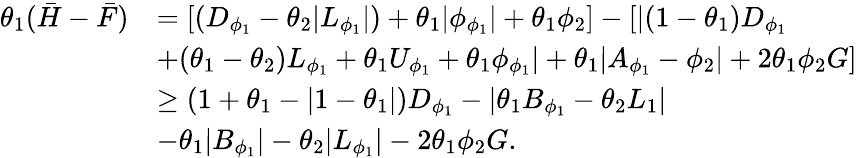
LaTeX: \begin{array}{rl}{\theta_{1}(\bar{H}-\bar{F})}&{=[(D_{\phi_{1}}-\theta_{2}\lvert L_{\phi_{1}}\rvert)+\theta_{1}\lvert\phi_{\phi_{1}}\rvert+\theta_{1}\phi_{2}]-[\lvert(1-\theta_{1})D_{\phi_{1}}}\\ &{+(\theta_{1}-\theta_{2})L_{\phi_{1}}+\theta_{1}U_{\phi_{1}}+\theta_{1}\phi_{\phi_{1}}\rvert+\theta_{1}\lvert A_{\phi_{1}}-\phi_{2}\rvert+2\theta_{1}\phi_{2}G]}\\ &{\geq(1+\theta_{1}-\lvert 1-\theta_{1}\rvert)D_{\phi_{1}}-\lvert\theta_{1}B_{\phi_{1}}-\theta_{2}L_{1}\rvert}\\ &{-\theta_{1}\lvert B_{\phi_{1}}\rvert-\theta_{2}\lvert L_{\phi_{1}}\rvert-2\theta_{1}\phi_{2}G.}\end{array}